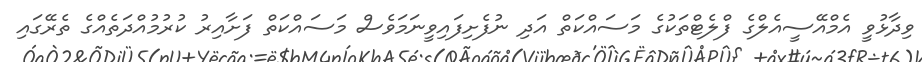
ވިދާޅުވީ އެމްއޭސީއެލްގެ ފްލެޓްތަކުގެ މަސައްކަތް އަދި ނުފެށިފައިވީނަމަވެސް މަސައްކަތް ފަށާއިރު ކުރުމުއްދަތެއްގެ ތެރޭގައި